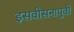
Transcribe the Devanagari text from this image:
इसवीसनापुर्वी